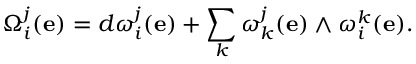
\Omega _ { i } ^ { j } ( \mathbf { e } ) = d \omega _ { i } ^ { j } ( \mathbf { e } ) + \sum _ { k } \omega _ { k } ^ { j } ( \mathbf { e } ) \wedge \omega _ { i } ^ { k } ( \mathbf { e } ) .